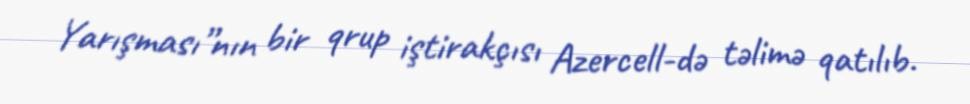
Yarışması”nın bir qrup iştirakçısı Azercell-də təlimə qatılıb.